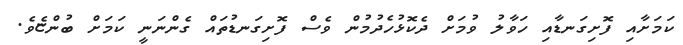
ކަމަށާއި ފޮށިގަނޑާއި ހަވާލު ވުމަށް ދެކޮޅުހެދުމުން ވެސް ފޮށިގަނޑުތައް ގެންނަނީ ކަމަށް ބުންޏެވެ.